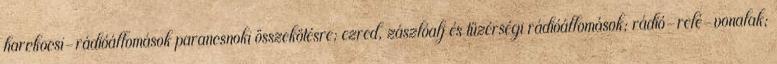
harckocsi-rádióállomások parancsnoki összekötésre; ezred, zászlóalj és tüzérségi rádióállomások; rádió-relé-vonalak;